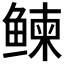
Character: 𬶠